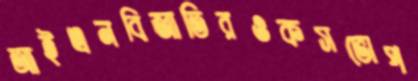
আইএনবিজাতিরওকসভোপ